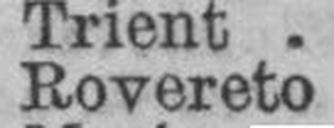
Rovereto